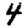
Digit: 4